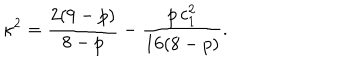
\kappa ^ { 2 } = \frac { 2 ( 9 - p ) } { 8 - p } - \frac { p \, c _ { 1 } ^ { 2 } } { 1 6 ( 8 - p ) } .